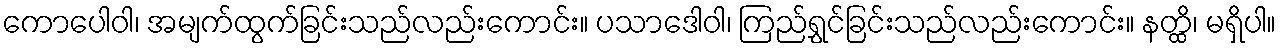
ကောပေါဝါ၊ အမျက်ထွက်ခြင်းသည်လည်းကောင်း။ ပသာဒေါဝါ၊ ကြည်ရွှင်ခြင်းသည်လည်းကောင်း။ နတ္ထိ၊ မရှိပါ။